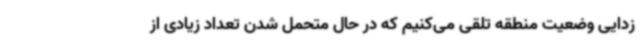
زدایی وضعیت منطقه تلقی می‌کنیم که در حال متحمل شدن تعداد زیادی از